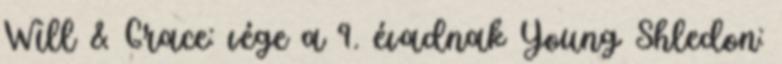
Will & Grace: vége a 9. évadnak Young Shledon: